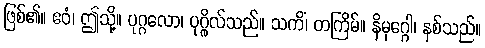
ဖြစ်၏။ ဧဝံ၊ ဤသို့။ ပုဂ္ဂလော၊ ပုဂ္ဂိုလ်သည်။ သကိံ၊ တကြိမ်။ နိမုဂ္ဂေါ၊ နစ်သည်။